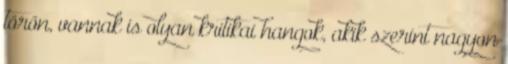
törőn, vannak is olyan kritikai hangok, akik szerint nagyon